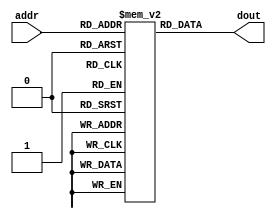
module im_4k( addr, dout );//32
    
    input [9:0] addr;
    output [31:0] dout;
    
    reg [31:0] imem[10230:0];
    initial begin
    // imem[0] = 32'h341d000c;
    // imem[1] = 32'h34021234;
    // imem[2] = 32'h34033456;
    // imem[3] = 32'h00432021;
    // imem[4] = 32'h00643023;
    // imem[5] = 32'hac020000;
    // imem[6] = 32'hac030004;
    // imem[7] = 32'hafa40004;
    // imem[8] = 32'h8c050000;
    // imem[9] = 32'h10450001;
    // imem[10] = 32'h8fa30004;
    // imem[11] = 32'h8c050004;
    // imem[12] = 32'h1065fffd;
    // imem[13] = 32'h00c23023;
    // imem[14] = 32'hafa6fffc;
    // imem[15] = 32'h1063fff0;
    end
    assign dout = imem[addr];
    always@(*) begin
        $display("imaddr=%8X",addr);//addr to DM
        $display("imdout=%8X",dout);//data to DM
        $display("Mem[3072-3079]=%8X, %8X, %8X, %8X, %8X, %8X, %8X, %8X",imem[3072],imem[3073],imem[3074],imem[3075],imem[3076],imem[3077],imem[3078],imem[3079]);
    end
    
endmodule